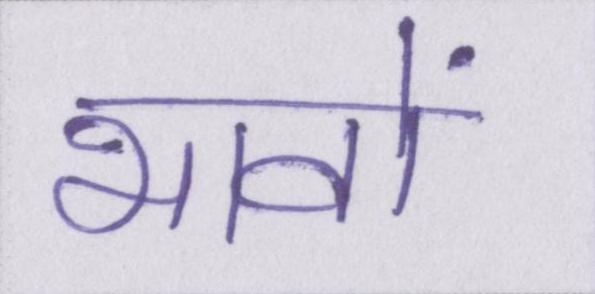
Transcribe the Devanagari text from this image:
भावों